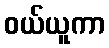
ဝယ်ယူကာ